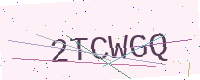
Text: 2TCWGQ